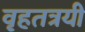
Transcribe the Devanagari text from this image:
वृहतत्रयी